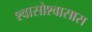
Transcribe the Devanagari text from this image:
श्वासोश्वासास